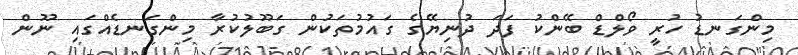
މިންގަނޑު ހުރީ ވޯލްޑް ބޭންކު ފަދަ ދުނިޔޭގެ ގައުމުތަކުން ގަބޫލުކުރާ މިންގަނޑެއްގައި ނޫން